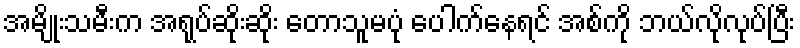
အမျိုးသမီးက အရုပ်ဆိုးဆိုး တောသူမပုံ ပေါက်နေရင် အစ်ကို ဘယ်လိုလုပ်ပြီး